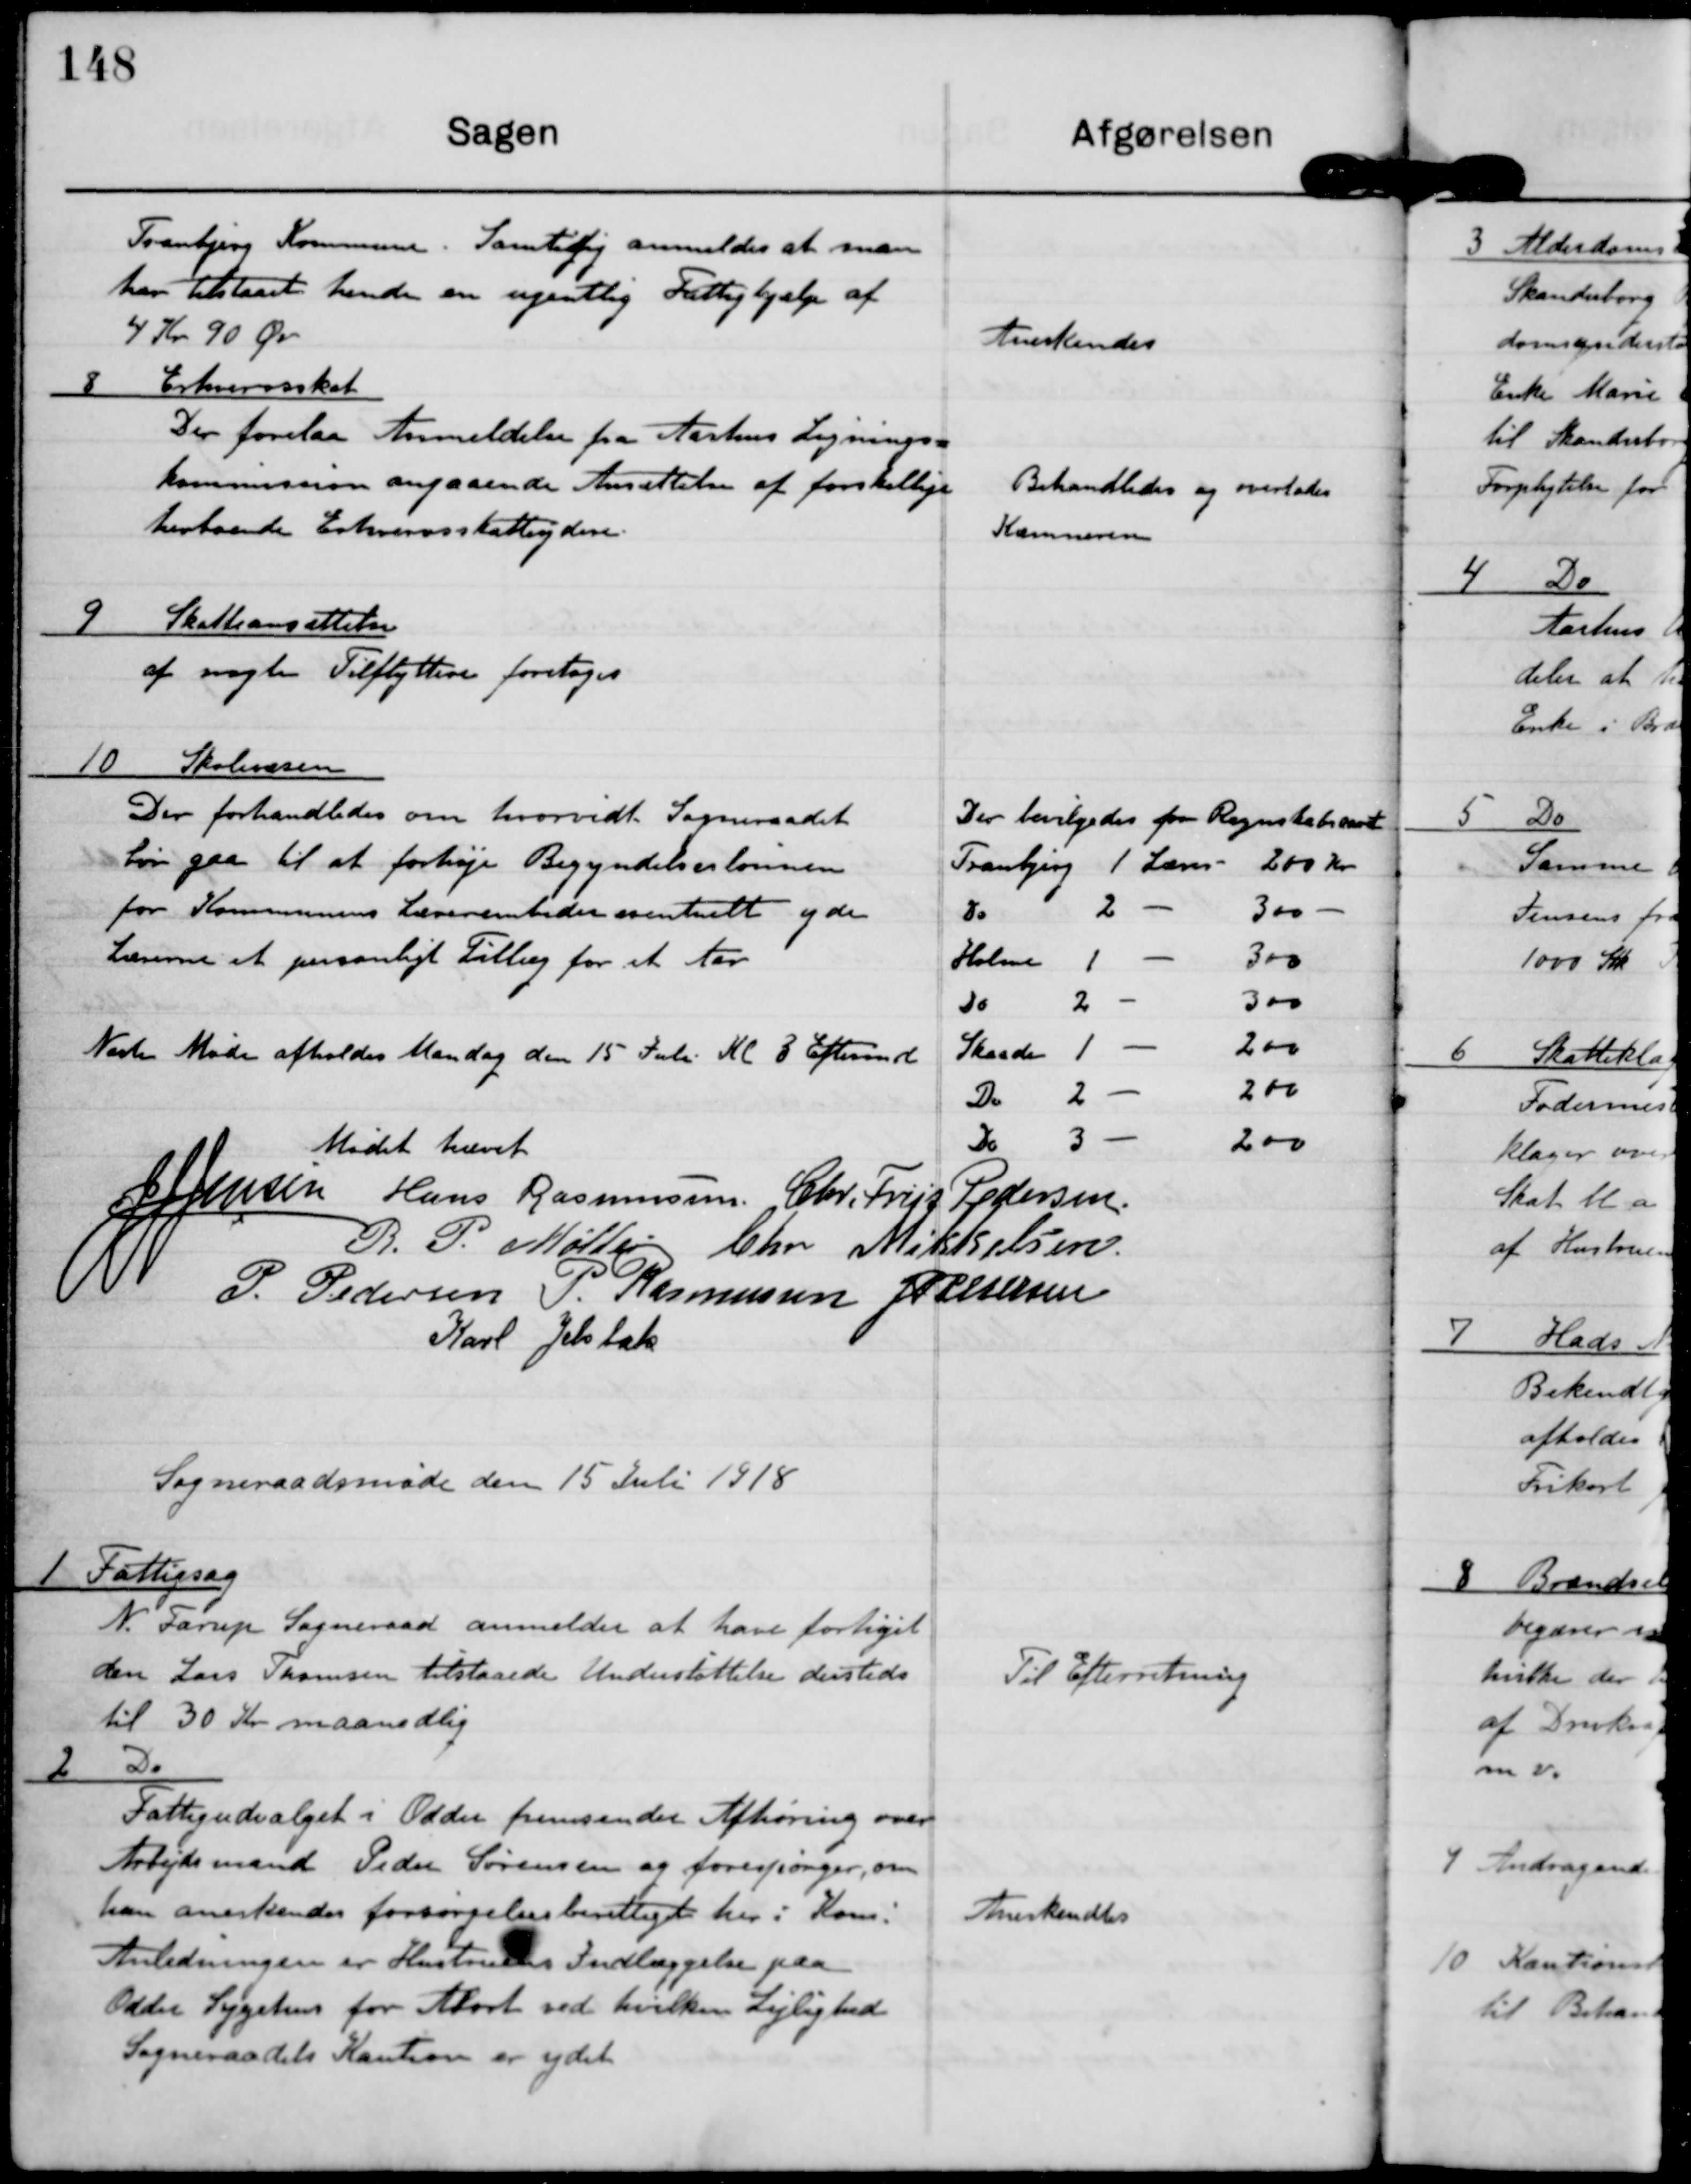
Transskription:
Tranbjerg Kommune. Samtidig anmeldes at man
har tilstaaet hende en ugentlig Fattighjælp af
4 Kr 90 Ør

Anerkendes

8 Erhvervsskat
Der forelaa Anmeldelse fra Aarhus Lignings-
kommission angaaende Ansættelse af forskellige
herboende Erhvervsskatteydere.

Behandles og overelades
Kæmneren

9 Skatteansættelse
af nogle Tilflyttere foretoges

10 Skolevæsen
Der forhandledes om hvorvidt Sogneraadets
Løn gaa til at forhøje Begyndelseslønnen
for Kommunens Lærerembeder eventuelt yder
Lærerne et personligt Tillæg for et Aar

Der bevilgedes for Regnskabsaaret
Tranbjerg 1 Lærer 200 Kr
Do 2 - 300 -
Holme 1 - 300
Do 2 - 300
Skaade 1 - 200
Do 2 - 200
Do 3 - 200

Næste Møde afholdes Mandag den 15 Juli Kl 3 Eftermd.

Mødet hævet

J J Jensen

Hans Rasmussen

Chr. Friis Pedersen

R.P. Møller

Chr. Mikkelsen

P. Pedersen

P. Rasmussen

J P Pedersen

Karl Jelsbak

Sogneraadsmøde den 15 Juli 1918

1 Fattigsag
N. Farup Sogneraad anmelder at have forhøjet
den Lars Thomsen tilstaaede Understøttelse dersteds
til 30 kr maanedlig

Til Efterretning

2 do
Fattigudvalget i Odder fremsender Afhøring over
Arbejdsmand Peder Sørensen og forespørger, om
han anerkendes forsørgelsesberettiget her i Kom.
Anledningen er  Hustruens Indlæggelse paa
Odder Sygehus for Abort ved hvilken Lejlighed
Sogneraadets Kaution er ydet.

Anerkendtes